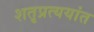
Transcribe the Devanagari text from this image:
शतृप्रत्ययांत